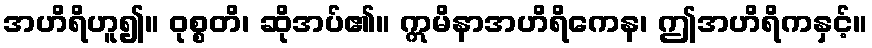
အဟိရိဟူ၍။ ဝုစ္စတိ၊ ဆိုအပ်၏။ ဣမိနာအဟိရိကေန၊ ဤအဟိရိကနှင့်။